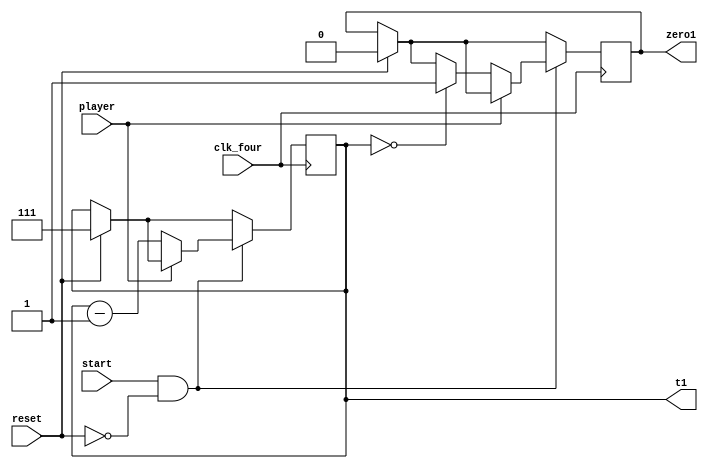
`timescale 1ns / 1ps

module timer1(input clk_four,input start,input reset, input player,output reg [2:0] t1, output reg zero1
    );
    
    initial t1 = 3'b111;
    initial zero1 = 1'b0;
    
    always @(posedge clk_four)
    begin
    if (reset == 1)
        begin
        t1 <= 7;
        zero1 <= 0;
        end
    if ((start == 1) & (reset == 0))
        begin
        if (player == 0)
            begin
            t1 <= t1 - 3'b001;
            if (t1 == 0)
                begin
                zero1 <= 1;
                end
            end
        end
    end
endmodule